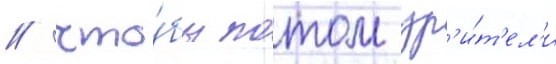
/ что́бы потом зр'и́т'ел'и